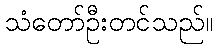
သံတော်ဦးတင်သည်။